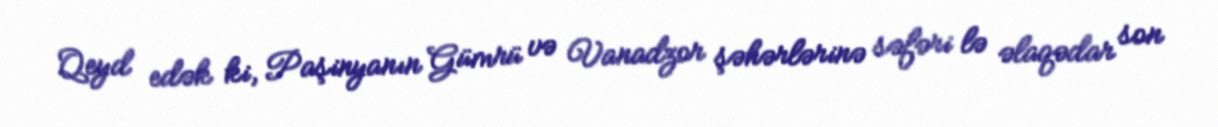
Qeyd edək ki, Paşinyanın Gümrü və Vanadzor şəhərlərinə səfəri lə əlaqədar son